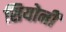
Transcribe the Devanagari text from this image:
सियोनी